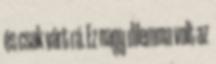
és csak várt rá. Ez nagy dilemma volt az